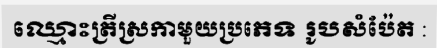
ឈ្មោះត្រីស្រកាមួយប្រភេទ រូបសំប៉ែត :